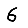
Digit: 6